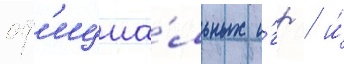
оф'ициа́льных и́гр / и́